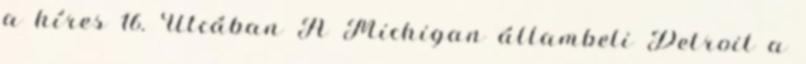
a híres 16. Utcában A Michigan állambeli Detroit a